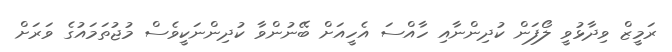
ރަމީޒް ވިދާޅުވީ ލޯފަން ކުދިންނާއި ހާއްސަ އެހީއަށް ބޭނުންވާ ކުދިންނަކީވެސް މުޖުތަމައުގެ ވަރަށް